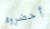
أحضروه